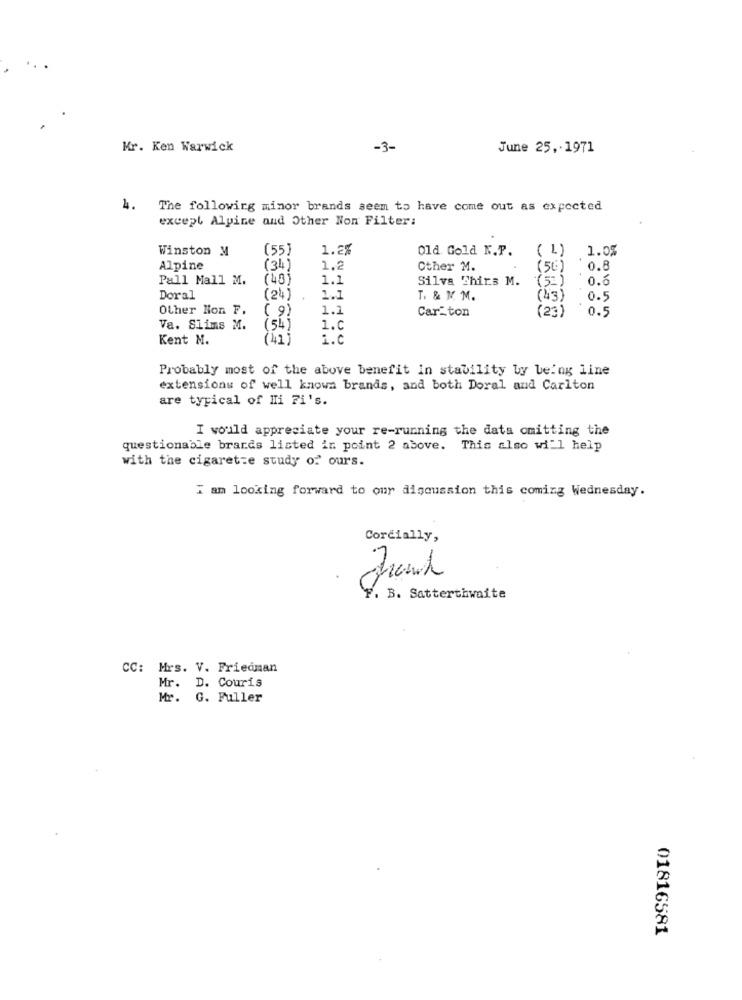
Mr. Ken Warwick
-3-
June 25, 1971
The following minor brands seem to have come out as expected
except Alpine and Other Non Filter:
Winston M
(55)
1.2%
Old Gold K.P.
( 4) 1.0%
Alpine
(34)
1,2
Other M.
(56)
0.8
Pall Mall M.
(48)
1.1
Silva Thirs M.
(52)
0.6
Doral
(24) .
1.1
T. & M. M.
(43)
0.5
Other Non F.
1.1
Cariton
(23)
0.5
( 9)
Va. Slims M.
(54)
1.C
Kent N.
(41)
i.c
Probably most of the above benefit in stability by being line
extensions of well known brands, and both Doral and Carlton
are typical of Hi Fi's.
I would appreciate your re-running the data omitting the
questionable brands listed in point 2 above. This also will help
with the cigarette study of ours.
I am looking forward to our discussion this coming Wednesday.
Cordially,
-
B. Satterthwaite
CC: Mrs. V. Friedman
Mr.
D. Couris
Mr.
G. Fuller
01816581